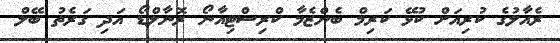
ރެއާލުގެ ކުރިއަށް ކުޅޭ ކަރިމް ބެންޒެމާ ކްރިސްޓިއާނޯ ރޮނާލްޑޯ އަދި ގަރެތު ބޭލް